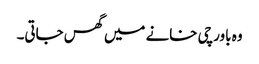
وہ باورچی خانے میں گھس جاتی۔